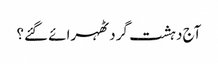
آج دہشت گرد ٹھہرائے گئے؟